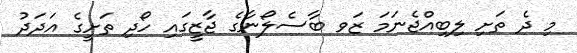
މި ދެ ތަށި ލިބިއްޖެނަމަ ޒަވ ބާސެލޯނާގެ ޖާޒީގައި ހޯދި ތަށީގެ އަދަދު